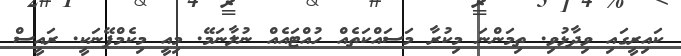
ކައިރީގައި ވިދާޅުވި. ތިމަންނަ މިކުރާ މަސައްކަތެއް ހުއްޓައެއް ނުލާނަމޭ. މިއީ މިކެމްޕޭނަކީ. ރައީސް